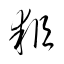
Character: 耜